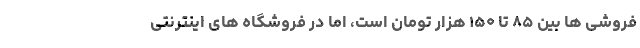
فروشی ها بین ۸۵ تا ۱۵۰ هزار تومان است، اما در فروشگاه های اینترنتی